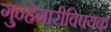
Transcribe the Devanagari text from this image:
गुन्हेगारीविषयक